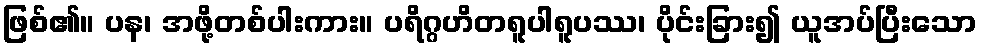
ဖြစ်၏။ ပန၊ အဖို့တစ်ပါးကား။ ပရိဂ္ဂဟိတရူပါရူပဿ၊ ပိုင်းခြား၍ ယူအပ်ပြီးသော